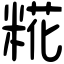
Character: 糀